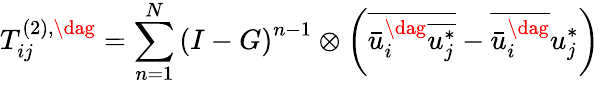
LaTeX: T_{ij}^{\left(2\right),\dag}=\sum_{n=1}^{N}{{{\left({I-G}\right)}^{n-1}}\otimes\left({\overline{{\bar{u}_{i}^{\dag}\overline{{u_{j}^{*}}}}}-\overline{{\bar{u}_{i}^{\dag}}}u_{j}^{*}}\right)}